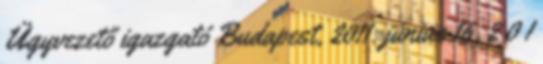
Ügyvezető igazgató Budapest, 2011. június 16. 2 0 1